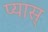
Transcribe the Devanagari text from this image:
प्यास्